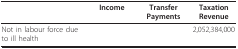
<table><thead><tr><td>[EMPTY_CELL]</td><td><b>Income</b></td><td><b>Transfer Payments</b></td><td><b>Taxation Revenue</b></td></tr></thead><tbody><tr><td>Not in labour force due to ill health</td><td>[EMPTY_CELL]</td><td>[EMPTY_CELL]</td><td>2,052,384,000</td></tr></tbody></table>